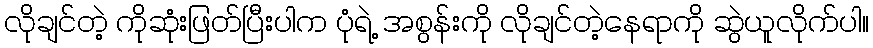
လိုချင်တဲ့ ကိုဆုံးဖြတ်ပြီးပါက ပုံရဲ့ အစွန်းကို လိုချင်တဲ့နေရာကို ဆွဲယူလိုက်ပါ။